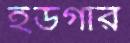
ইডগার